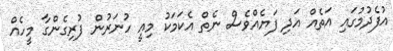
އުފެދުމުގައި އަތެއް އަދި ފަޔެއްވެސް ނެތް އެކަމަކު މިއީ ހުނަރުން ފުރިގެންގާ މީހެއް